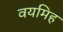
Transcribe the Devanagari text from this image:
वयमिह